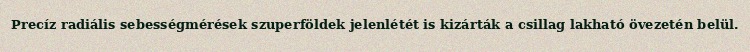
Precíz radiális sebességmérések szuperföldek jelenlétét is kizárták a csillag lakható övezetén belül.